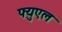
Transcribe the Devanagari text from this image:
फ्युएल